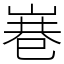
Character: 㟟